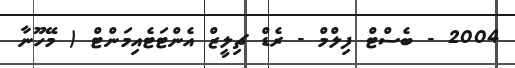
2004 - ބެސްޓް ފިލްމް - ރެޑް ޗިލީޒް އެންޓަޓެއިމަންޓް ( މޭހޫނާ